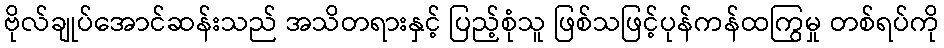
ဗိုလ်ချုပ်အောင်ဆန်းသည် အသိတရားနှင့် ပြည့်စုံသူ ဖြစ်သဖြင့်ပုန်ကန်ထကြွမှု တစ်ရပ်ကို